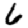
Digit: 6